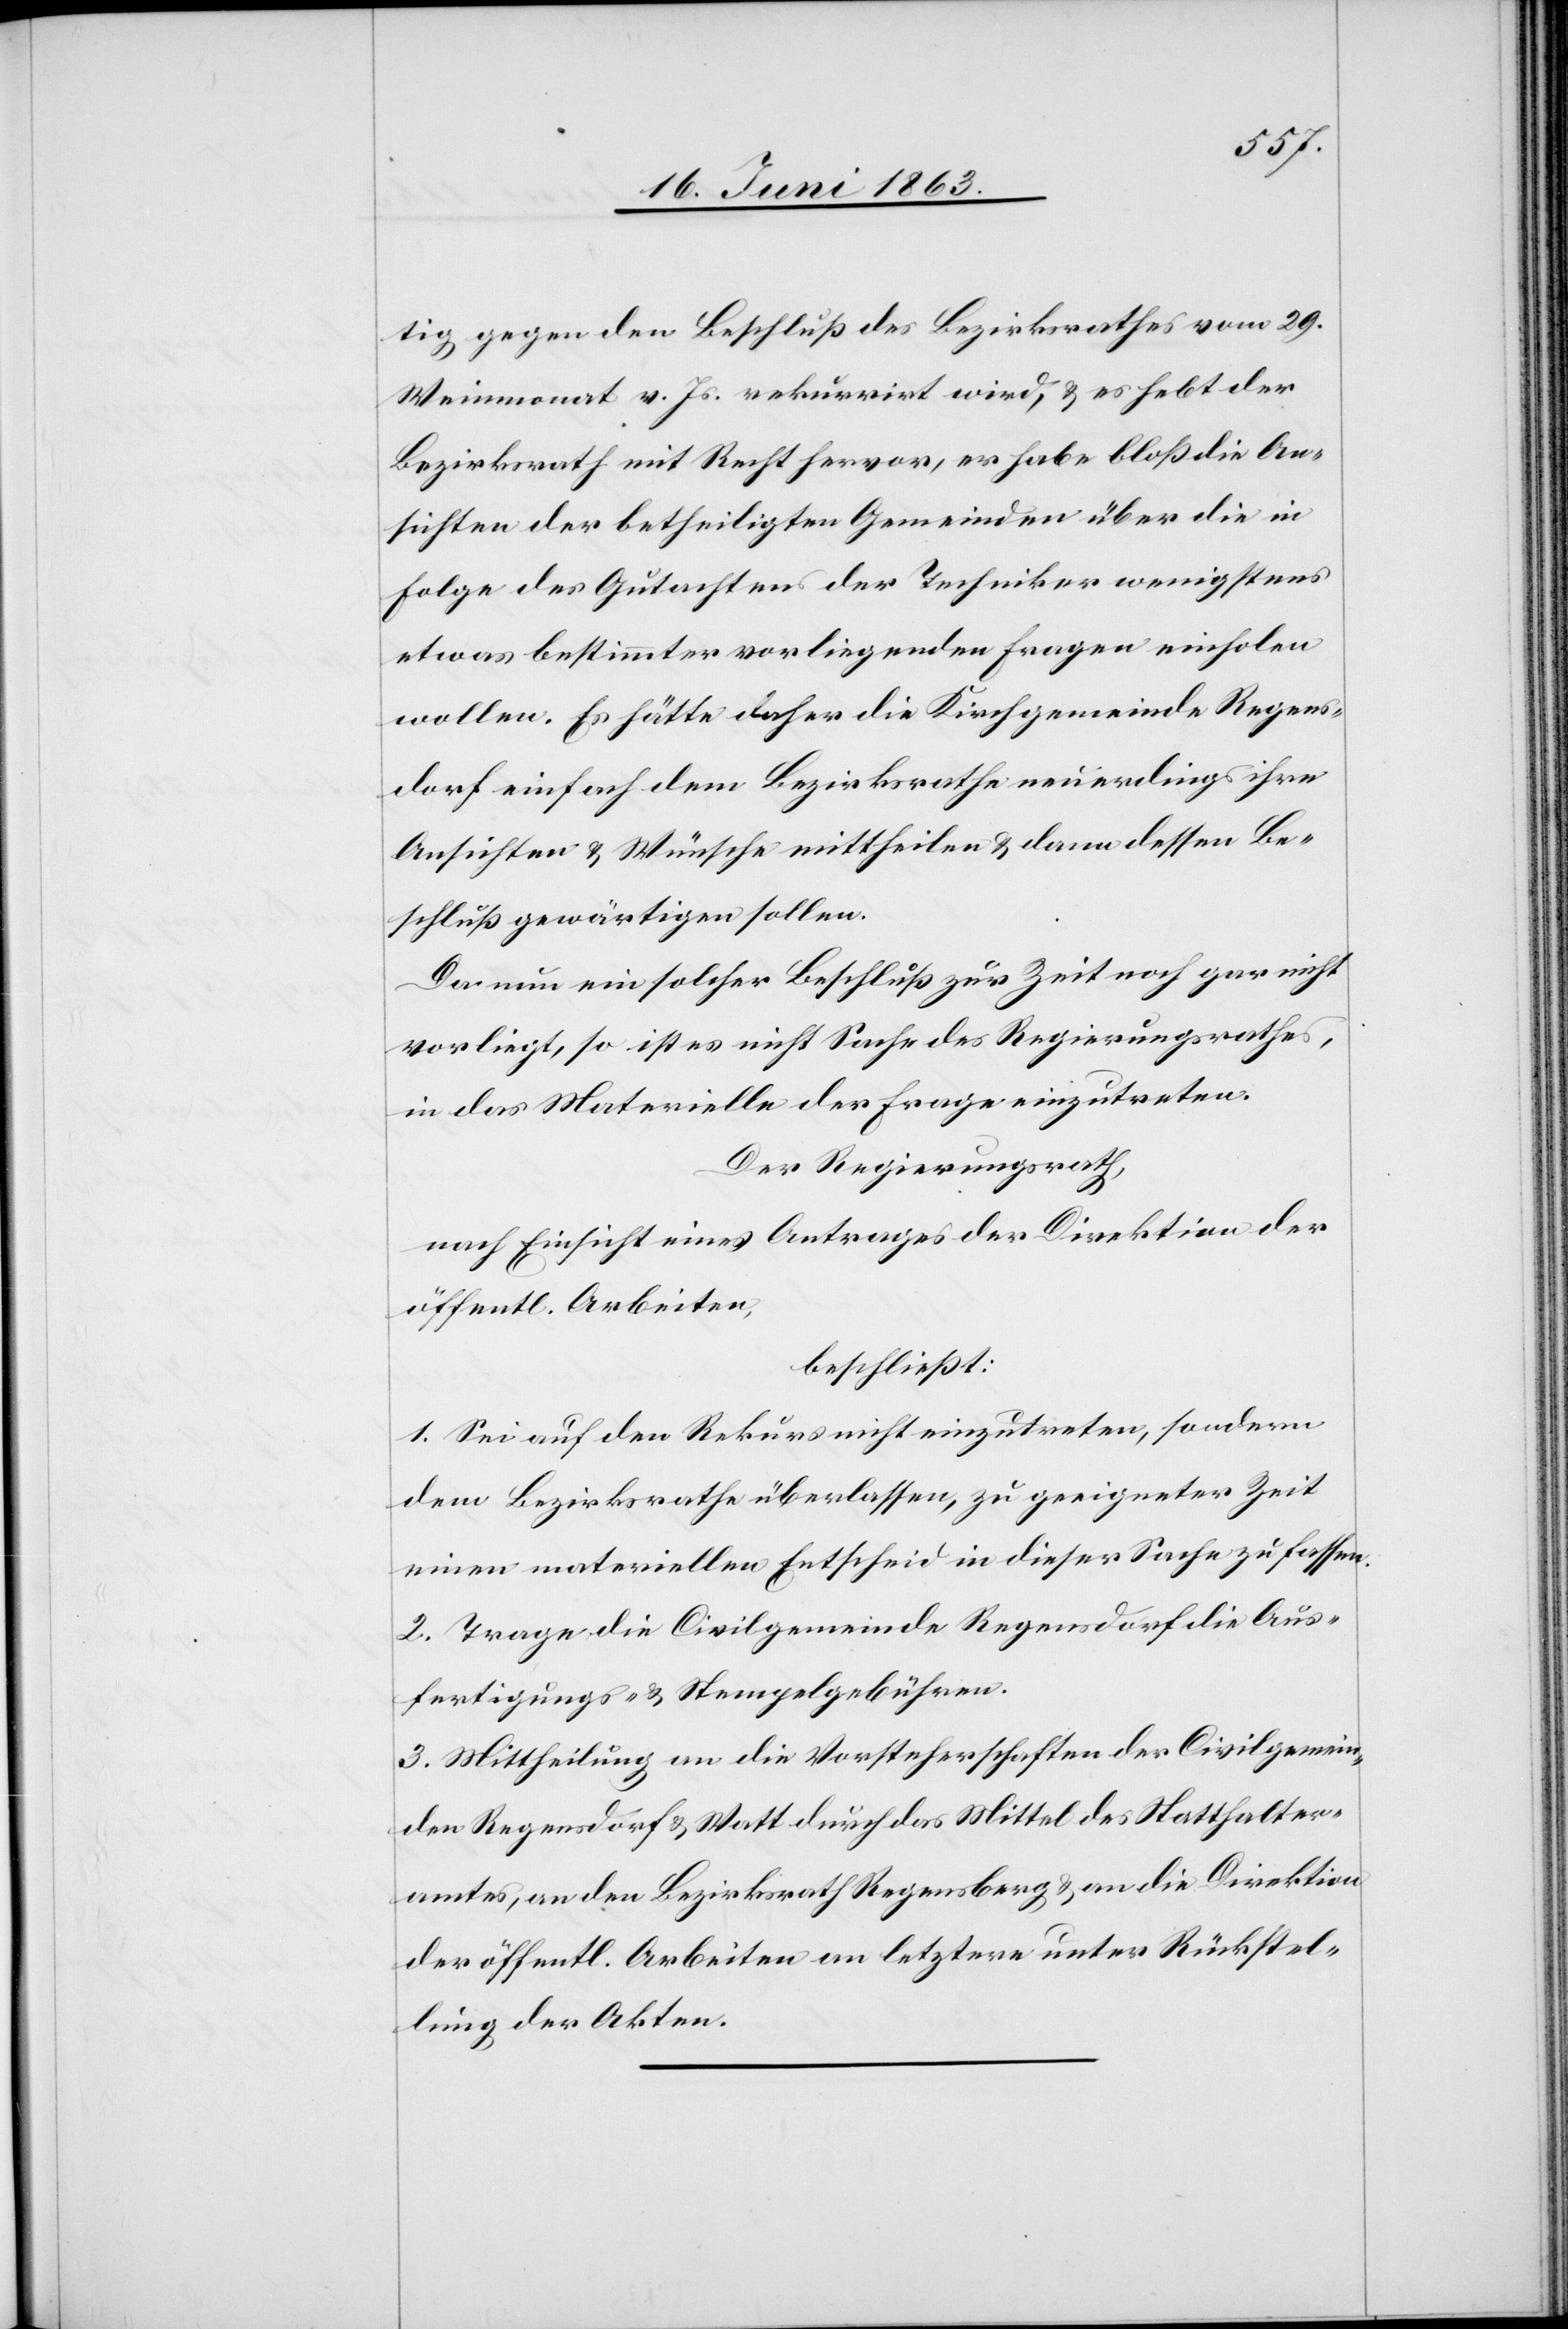
tig gegen den Beschluß des Bezirksrathes vom 29.
Weinmonat v. Js. rekurrirt wird, & es hebt der
Bezirksrath mit Recht hervor, er habe bloß die An¬
sichten der betheiligten Gemeinden über die in
Folge des Gutachtens der Techniker wenigstens
etwas bestimmter vorliegenden Fragen einholen
wollen. Es hätte daher die Kirchgemeinde Regens¬
dorf einfach dem Bezirksrathe neuerdings ihre
Ansichten & Wünsche mittheilen & dann dessen Be¬
schluß gewärtigen sollen.
Da nun ein solcher Beschluß zur Zeit noch gar nicht
vorliegt, so ist es nicht Sache des Regierungsrathes,
in das Materielle der Frage einzutreten.
Der Regierungsrath
nach Einsicht eines Antrages der Direktion der
öffentl. Arbeiten,
beschließt:
1. Sei auf den Rekurs nicht einzutreten, sondern
dem Bezirksrathe überlassen, zu geeigneter Zeit
einen materiellen Entscheid in dieser Sache zu fassen.
2. Trage die Civilgemeinde Regensdorf die Aus¬
fertigungs- & Stempelgebühren.
3. Mittheilung an die Vorsteherschaften der Civilgemein¬
den Regensdorf & Watt durch das Mittel des Statthalter¬
amtes, an den Bezirksrath Regensberg & an die Direktion
der öffentl. Arbeiten an letztere unter Rückstel¬
lung der Akten.